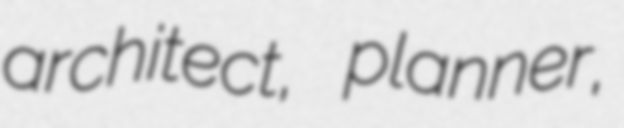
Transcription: architect, planner,